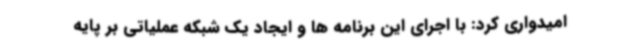
امیدواری کرد: با اجرای این برنامه ها و ایجاد یک شبکه عملیاتی بر پایه